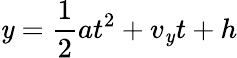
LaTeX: \mathit{y}={\frac{{1}}{{2}}}at^{2}+v_{\mathit{y}}t+h